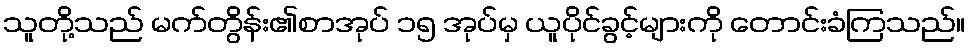
သူတို့သည် မက်တွိန်း၏စာအုပ် ၁၅ အုပ်မှ ယူပိုင်ခွင့်များကို တောင်းခံကြသည်။